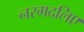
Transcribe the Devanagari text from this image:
नरमदलिए